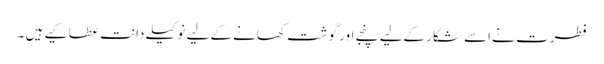
فطرت نے اسے شکار کےلیے پنجے اور گوشت کھانے کے لیے نوکیلے دانت عطا کیے ہیں ۔